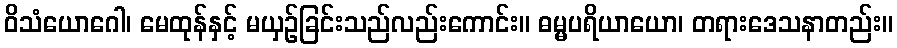
ဝိသံယောဂေါ၊ မေထုန်နှင့် မယှဉ်ခြင်းသည်လည်းကောင်း။ ဓမ္မပရိယာယော၊ တရားဒေသနာတည်း။